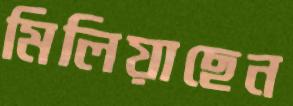
মিলিয়াছেন